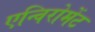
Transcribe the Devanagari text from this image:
एन्विरोमेंट